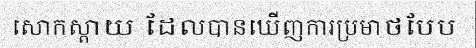
សោកស្តាយ ដែលបានឃើញការប្រមាថបែប